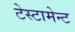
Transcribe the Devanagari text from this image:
टेस्टामेन्ट